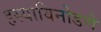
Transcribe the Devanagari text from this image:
हस्याविनोडणे